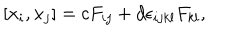
\hspace { + 5 e m } [ x _ { i } , x _ { j } ] = c F _ { i j } + d \epsilon _ { i j k l } F _ { k l } ,